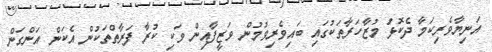
އަނިޔާވެރިކަމާ ދެކޮޅަު މުޒާހަރާތަކުގައި ބައިވެރިވުމުން ވަޒީފާއިން ވަކި ކުރާ ފަރާތްތަކުން އެކަން އަންގަން